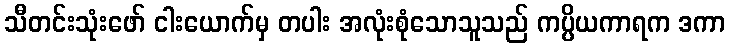
သီတင်းသုံးဖော် ငါးယောက်မှ တပါး အလုံးစုံသောသူသည် ကပ္ပိယကာရက ဒကာ